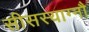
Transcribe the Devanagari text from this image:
सीसस्याग्नौ